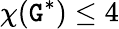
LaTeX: \chi(\mathtt{G}^{*})\leq4